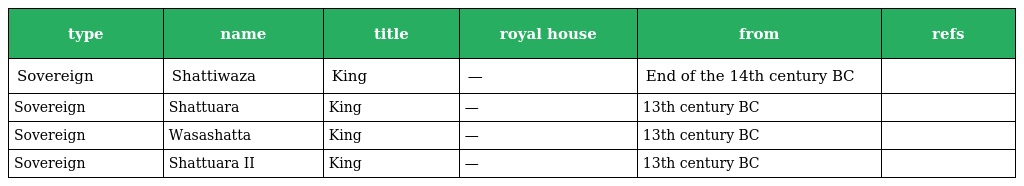
| type | name | title | royal house | from | refs |
 | --- | --- | --- | --- | --- | --- |
 | Sovereign | Shattiwaza | King | — | End of the 14th century BC |  |
 | Sovereign | Shattuara | King | — | 13th century BC |  |
 | Sovereign | Wasashatta | King | — | 13th century BC |  |
 | Sovereign | Shattuara II | King | — | 13th century BC |  |